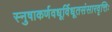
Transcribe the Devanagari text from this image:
स्नुषाकर्णवधूर्विधूतसंसारवृत्तिः